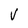
Character: v